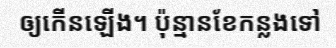
ឲ្យកើនឡើង។ ប៉ុន្មានខែកន្លងទៅ